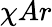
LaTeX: \chi Ar